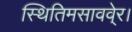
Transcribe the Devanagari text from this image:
स्थितिमसाववे्र।